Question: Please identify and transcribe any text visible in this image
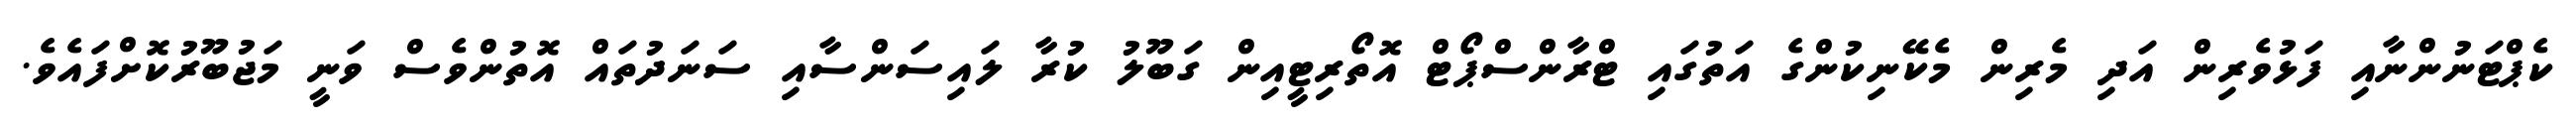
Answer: ކެޕްޓަނުންނާއި ފަޅުވެރިން އަދި މެރިން މެކޭނިކުންގެ އަތުގައި ޓްރާންސްޕޯޓް އޮތޯރިޓީއިން ގަބޫލު ކުރާ ލައިސަންސާއި ސަނަދުތައް އޮތުންވެސް ވަނީ މަޖުބޫރުކޮށްފައެވެ.